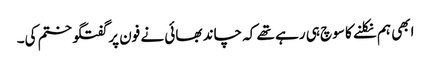
ابھی ہم نکلنے کا سوچ ہی رہے تھے کہ چاند بھائی نے فون پر گفتگو ختم کی۔